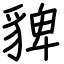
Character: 貏